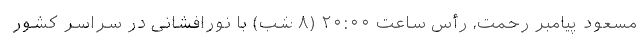
مسعود پیامبر رحمت، رأس ساعت ۲۰:۰۰ (۸ شب) با نورافشانی در سراسر کشور